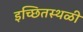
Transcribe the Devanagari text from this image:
इच्छितस्थळी